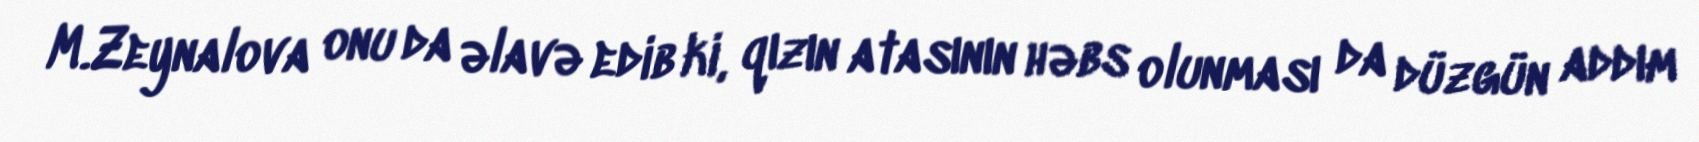
M.Zeynalova onu da əlavə edib ki, qızın atasının həbs olunması da düzgün addım